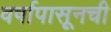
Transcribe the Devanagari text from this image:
वर्षापासूनची